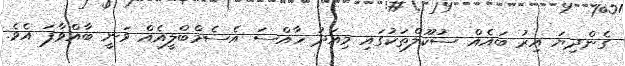
ގެންދިޔަ އިރު ބައެއް ސުކޫލްތަކުގައި މިއަދު ހާއްސަ އެސެމްބްލީއެއް ވަނީ ބާއްވާފަ އެވެ.